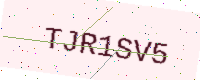
Text: TJR1SV5